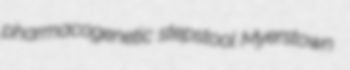
pharmacogenetic stepstool Myerstown